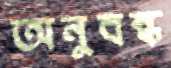
অনুবন্ধ